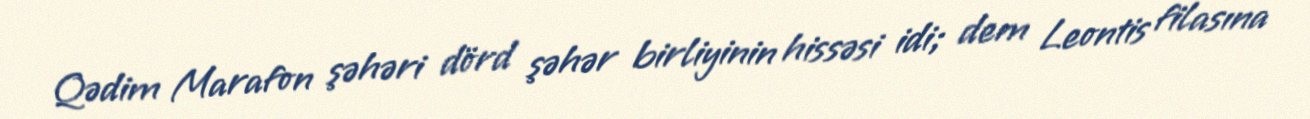
Qədim Marafon şəhəri dörd şəhər birliyinin hissəsi idi; dem Leontis filasına